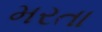
મરતા